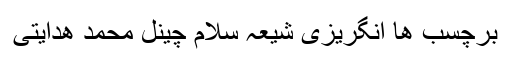
برچسب ها انگریزی شیعہ سلام چینل محمد ھدایتی